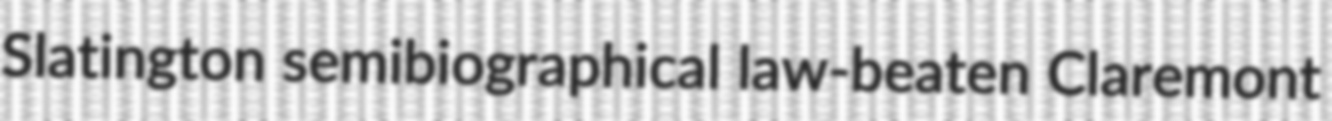
Slatington semibiographical law-beaten Claremont